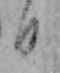
日